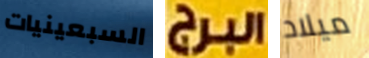
السبعينيات البرج ميلاد